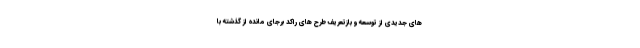
های جدیدی از توسعه و بازتعریف طرح های راکد برجای مانده از گذشته با